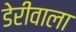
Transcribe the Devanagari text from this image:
डेरीवाला